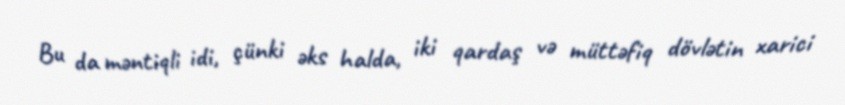
Bu da məntiqli idi, çünki əks halda, iki qardaş və müttəfiq dövlətin xarici